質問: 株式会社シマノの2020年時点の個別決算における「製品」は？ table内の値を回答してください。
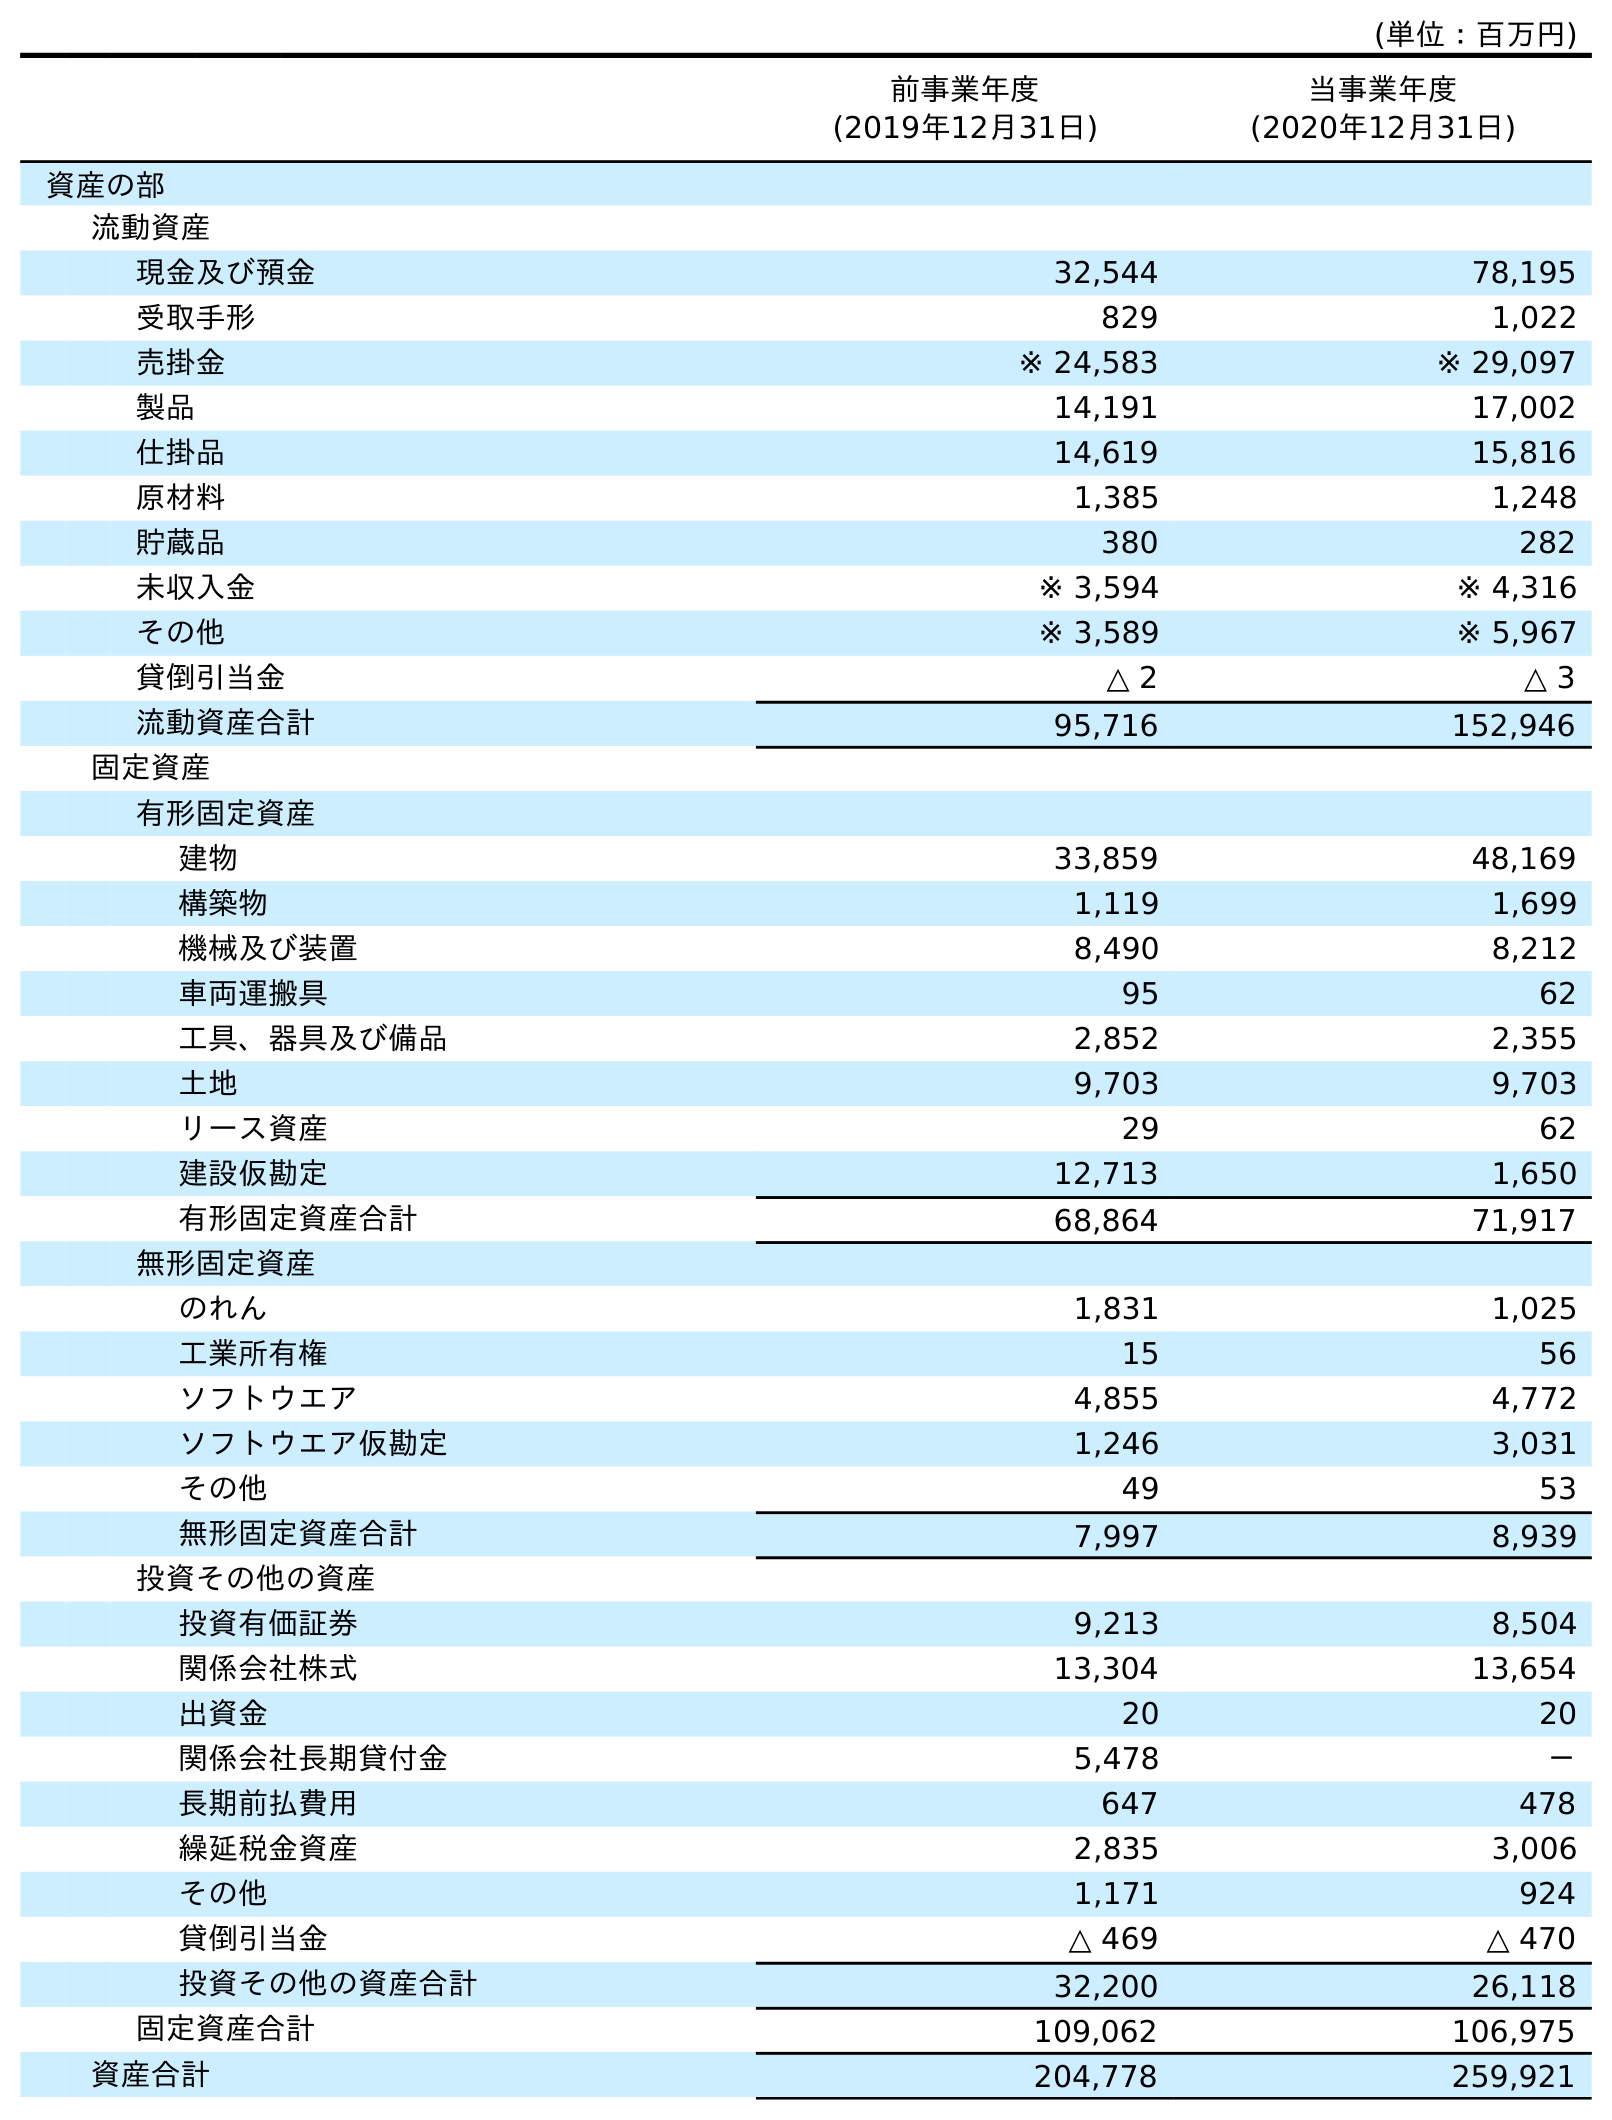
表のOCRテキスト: (単位：百万円) 前事業年度 (2019年12月31日) 当事業年度 (2020年12月31日) 資産の部 流動資産 現金及び預金 32,544 78,195 受取手形 829 1,022 売掛金 ※ 24,583 ※ 29,097 製品 14,191 17,002 仕掛品 14,619 15,816 原材料 1,385 1,248 貯蔵品 380 282 未収入金 ※ 3,594 ※ 4,316 その他 ※ 3,589 ※ 5,967 貸倒引当金 △ 2 △ 3 流動資産合計 95,716 152,946 固定資産 有形固定資産 建物 33,859 48,169 構築物 1,119 1,699 機械及び装置 8,490 8,212 車両運搬具 95 62 工具、器具及び備品 2,852 2,355 土地 9,703 9,703 リース資産 29 62 建設仮勘定 12,713 1,650 有形固定資産合計 68,864 71,917 無形固定資産 のれん 1,831 1,025 工業所有権 15 56 ソフトウエア 4,855 4,772 ソフトウエア仮勘定 1,246 3,031 その他 49 53 無形固定資産合計 7,997 8,939 投資その他の資産 投資有価証券 9,213 8,504 関係会社株式 13,304 13,654 出資金 20 20 関係会社長期貸付金 5,478 － 長期前払費用 647 478 繰延税金資産 2,835 3,006 その他 1,171 924 貸倒引当金 △ 469 △ 470 投資その他の資産合計 32,200 26,118 固定資産合計 109,062 106,975 資産合計 204,778 259,921
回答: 17,002